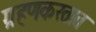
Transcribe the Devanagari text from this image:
ग्रहणकरतात